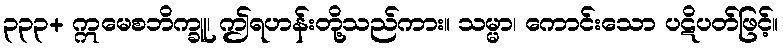
၃၃၃+ ဣမေစဘိက္ခူ၊ ဤရဟန်းတို့သည်ကား။ သမ္မာ၊ ကောင်းသော ပဋိပတ်ဖြင့်။